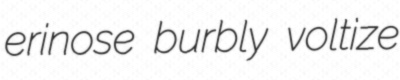
erinose burbly voltize